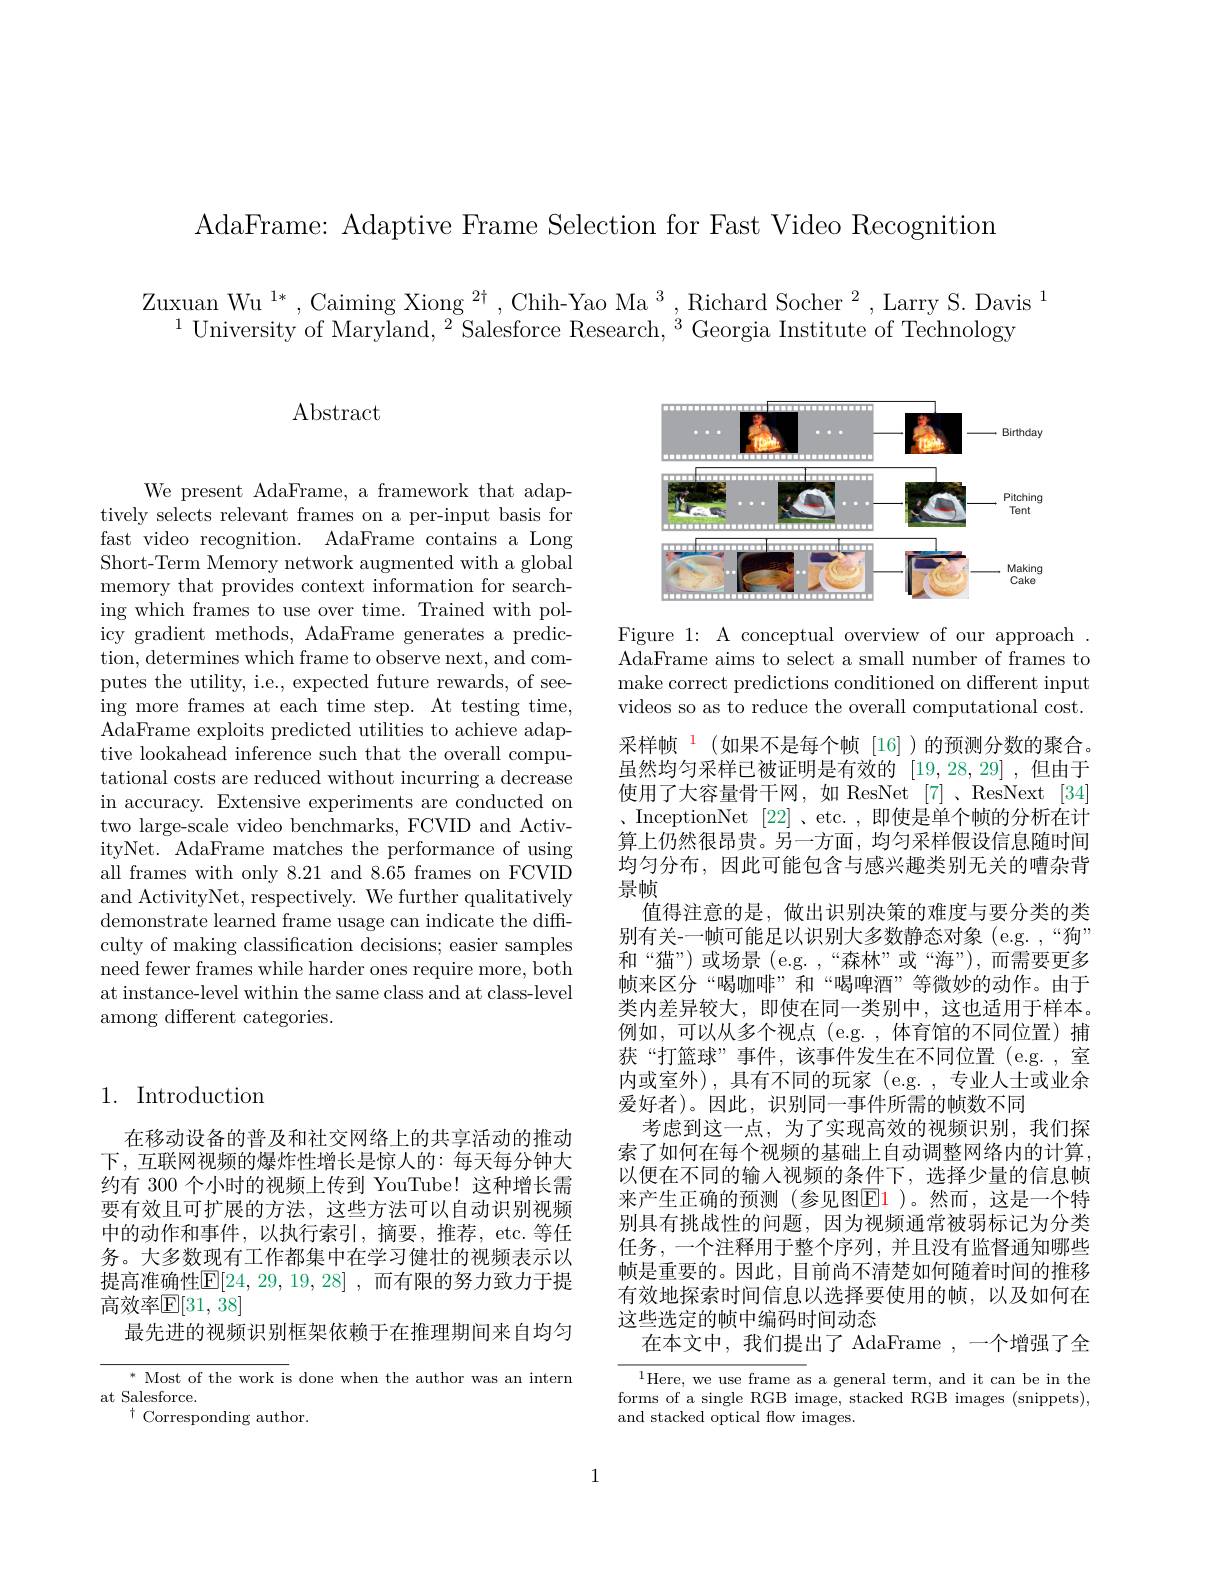
AdaFrame: Adaptive Frame Selection for Fast Video Recognition

Zuxuan Wu $^1*$,Caiming Xiong $^2\dagger,\text{Chih-Yao Ma}^{3}$,Richard Socher$^2$,Larry S. Davis$^1$
$^{1}$University of Maryland,$^2$Salesforce Research,$^3$Georgia Institute of Technology

$\operatorname{Abstract}$

<FigureHere>

Figure 1: A conceptual overview of our approach $\bar{\text{AdaFrame aims to select a small number of frames to}}$ make correct predictions conditioned on different input videos so as to reduce the overall computational cost.

We present AdaFrame, a framework that adaptively selects relevant frames on a per-input basis for fast video recognition. AdaFrame contains a Long Short-Term Memory network augmented with a global memory that provides context information for searching which frames to use over time. Trained with policy gradient methods, AdaFrame generates a prediction, determines which frame to observe next, and computes the utility, i.e., expected future rewards, of seeing more frames at each time step. At testing time, AdaFrame exploits predicted utilities to achieve adaptive lookahead inference such that the overall computational costs are reduced without incurring a decrease in accuracy. Extensive experiments are conducted on two large-scale video benchmarks, FCVID and ActivityNet. AdaFrame matches the performance of using all frames with only 8.21 and 8.65 frames on FCVID and ActivityNet, respectively. We further qualitatively demonstrate learned frame usage can indicate the diffculty of making classification decisions; easier samples need fewer frames while harder ones require more, both at instance-level within the same class and at class-level among different categories.

采样帧$^{\color{red}{1}}$(如果不是每个帧[16])的预测分数的聚合。虽然均匀采样已被证明是有效的「19,28,29],但由于使用了大容量骨干网，如 ResNet [7]、ResNext [34] 、 InceptionNet [22] 、 etc. , 即使是单个帧的分析在计算上仍然很昂贵。另一方面，均匀采样假设信息随时间均匀分布，因此可能包含与感兴趣类别无关的嘈杂背景帧
值得注意的是，做出识别决策的难度与要分类的类别有关-一帧可能足以识别大多数静态对象(e.g.,“狗” 和“猫”)或场景(e.g.,“森林”或“海”),而需要更多帧来区分“喝咖啡”和“喝啤酒”等微妙的动作。由于类内差异较大，即使在同一类别中，这也适用于样本。例如，可以从多个视点 (e.g. ,体育馆的不同位置)捕获“打篮球”事件，该事件发生在不同位置(e.g. , 室内或室外),具有不同的玩家(e.g.,专业人士或业余爱好者)。因此，识别同一事件所需的帧数不同
考虑到这一点，为了实现高效的视频识别，我们探索了如何在每个视频的基础上自动调整网络内的计算， 以便在不同的输人视频的条件下，选择少量的信息帧来产生正确的预测(参见图E1)。然而，这是一个特别具有挑战性的问题，因为视频通常被弱标记为分类任务，一个注释用于整个序列，并且没有监督通知哪些帧是重要的。因此，目前尚不清楚如何随着时间的推移有效地探索时间信息以选择要使用的帧，以及如何在这些选定的帧中编码时间动态
在本文中，我们提出了 AdaFrame ,一个增强了全

## 1. Introduction

在移动设备的普及和社交网络上的共享活动的推动下，互联网视频的爆炸性增长是惊人的：每天每分钟大约有 300 个小时的视频上传到 YouTube! 这种增长需要有效且可扩展的方法，这些方法可以自动识别视频中的动作和事件，以执行索引，摘要，推荐，etc.等任务。大多数现有工作都集中在学习健壮的视频表示以提高准确性$\mathbb{E}[24,29,19,28]$,而有限的努力致力于提高效率$\mathbb{E}[31,38]$
最先进的视频识别框架依赖于在推理期间来自均匀

$^*$ Most of the work is done when the author was an intern
at Salesforce.
$^{\dagger}$Corresponding author.

$^{1}$Here, we use frame as a general term, and it can be in the forms of a single RGB image, stacked RGB images (snippets), and stacked optical flow images.

1